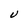
Character: U